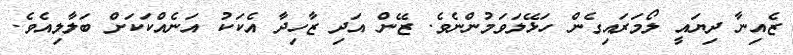
ޒެއިނާ ދިޔައީ ލޯމަރައިގެން ހަޅޭލަވަމުންނެވެ. ޒޭން އަދި ޒާހިދާ އެކަކު އަނެއްކަކަށް ބަލާލިއެވެ.